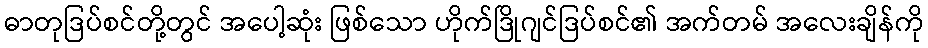
ဓာတုဒြပ်စင်တို့တွင် အပေါ့ဆုံး ဖြစ်သော ဟိုက်ဒြိုဂျင်ဒြပ်စင်၏ အက်တမ် အလေးချိန်ကို